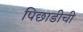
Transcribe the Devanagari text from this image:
पिछाडीची